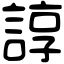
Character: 諄